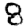
Digit: 8